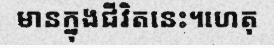
មានក្នុងជីវិតនេះ។ហេតុ